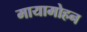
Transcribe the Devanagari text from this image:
मायामोहन